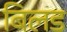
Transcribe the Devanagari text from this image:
बिलड